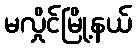
မလှိုင်မြို့နယ်